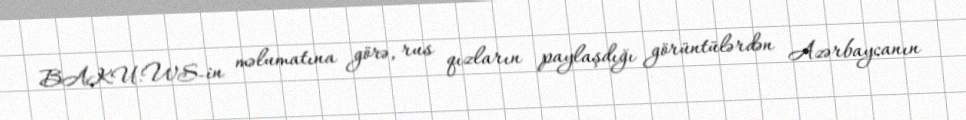
BAKU.WS-in məlumatına görə, rus qızların paylaşdığı görüntülərdən Azərbaycanın